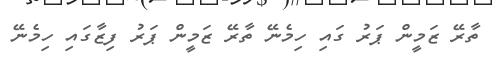
ތާރޭ ޒަމީން ޕަރު ގައި ހިމެނޭ ތާރޭ ޒަމީން ޕަރު ފިޒާގައި ހިމެނޭ